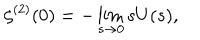
\zeta ^ { ( 2 ) } ( 0 ) = - \lim _ { s \rightarrow 0 } s U ( s ) ,